Report of the Municipal Commissioner on the plague in Bombay for the year ending 31st May... - Volume 2
Disease focus: Plague
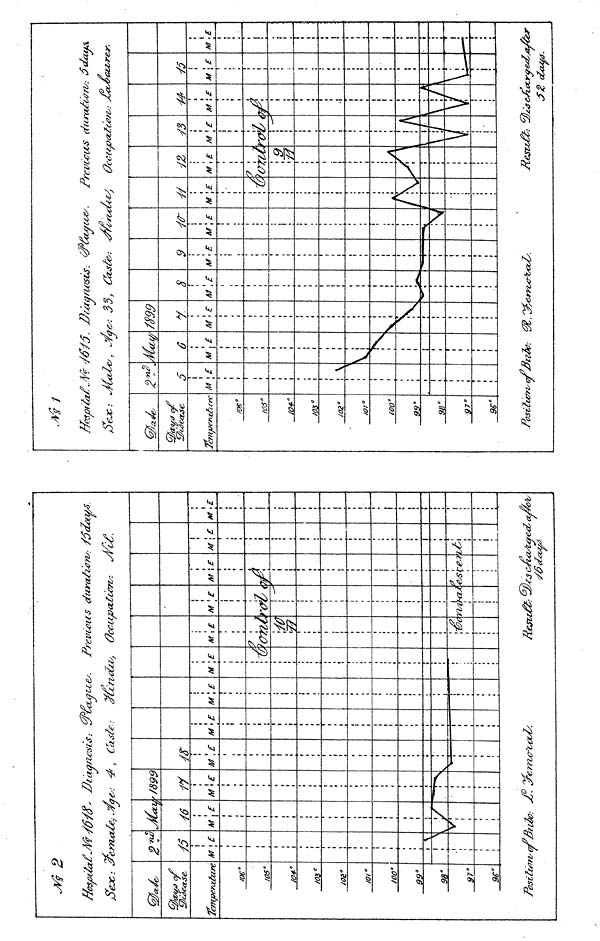
Art- 2
Sex: 2/errMiZe,
Temperature
/06°W
5°/
O4-"
/Oyf C
/02°/
Of"
wo°9
9°9
8°9
f
One
M
\
\
Position* of3
J
/#<
M
\r
*7l2k
\E
T
*
a
\ £
an,
Caste
M
M
?. • -Z. ^/e?iio J L4Xst/.
\ E
rcce
ten
M
t
',£
Previous
Zs } Occupa.
M \E
U
M
9
A
\E
hi
We
t ejit
£co,
M 1 £
ion
M
(f
i
\£
\
M
&
rsta
X
i
\£
-
r ccf
Sex-. J4.
/ms e
iC5°«
*•
/03°/
02 a
101"
100°9
9°9
8"
97"
aZi
M
rise
5
i
;N
-^ 7
M
I
\
33,
/S99
M
y
Is
*
Citsfe: *
M
]
8
\E M
Obis
9
\ E
tees
f /rot
M
to-
\E
-U.-L
//
M
A
t
\E
H
<
X
revioUsS durations.-
£
OcCC*jP<ztcOrZs: JsOO&CU
M
7
A
rd
A
S3
M
V
' £
I \
1
\
\£
\
/
1
'Jia
>da
ivrt
M
V
[£
*—ẽ
ct>s
M
•—>
.£
ir